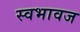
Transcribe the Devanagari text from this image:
स्वभावज